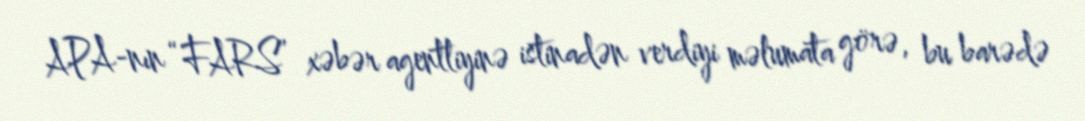
APA-nın “FARS” xəbər agentliyinə istinadən verdiyi məlumata görə, bu barədə